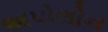
અપોલોન